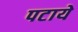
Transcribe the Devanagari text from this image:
पटाये